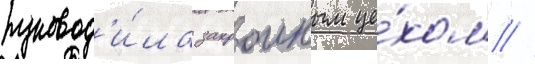
руковод'и́ла закроиным це́хом //